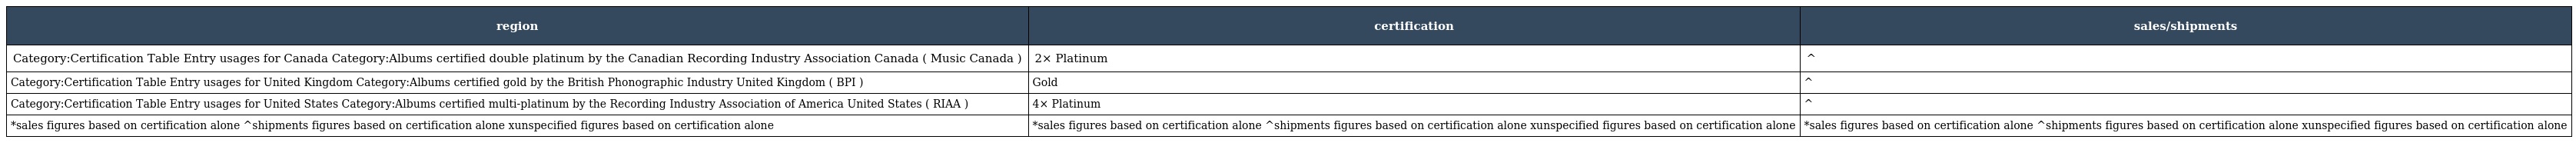
| region | certification | sales/shipments |
 | --- | --- | --- |
 | Category:Certification Table Entry usages for Canada Category:Albums certified double platinum by the Canadian Recording Industry Association Canada ( Music Canada ) | 2× Platinum | ^ |
 | Category:Certification Table Entry usages for United Kingdom Category:Albums certified gold by the British Phonographic Industry United Kingdom ( BPI ) | Gold | ^ |
 | Category:Certification Table Entry usages for United States Category:Albums certified multi-platinum by the Recording Industry Association of America United States ( RIAA ) | 4× Platinum | ^ |
 | *sales figures based on certification alone ^shipments figures based on certification alone xunspecified figures based on certification alone | *sales figures based on certification alone ^shipments figures based on certification alone xunspecified figures based on certification alone | *sales figures based on certification alone ^shipments figures based on certification alone xunspecified figures based on certification alone |